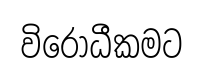
විරෝධීකමට